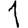
Digit: 1